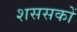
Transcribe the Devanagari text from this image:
शससकों